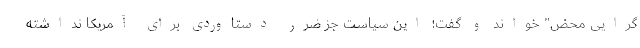
گرایی محض" خواند و گفت؛ این سیاست جز ضرر دستاوردی برای آمریکا نداشته